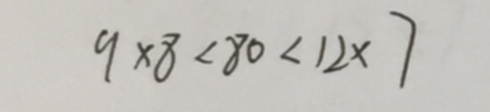
9 \times 8 < 8 0 < 1 2 \times 7